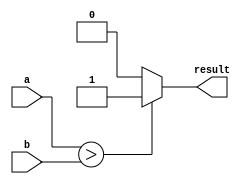
module conditional_assignment_block (
	input a, b,
	output reg result
);

always @(*)
begin
	if (a > b)
		result = 1;
	else if (a < b)
		result = 0;
	else
		result = 2'b10;
end

endmodule